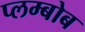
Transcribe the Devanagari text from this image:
प्लम्बोब